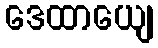
ဒေထာယျေ